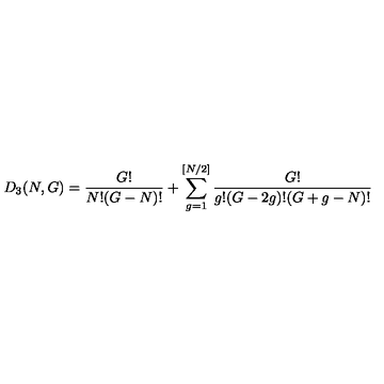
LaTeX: D _ { 3 } ( N , G ) = \frac { G ! } { N ! ( G - N ) ! } + \sum _ { g = 1 } ^ { [ N / 2 ] } \frac { G ! } { g ! ( G - 2 g ) ! ( G + g - N ) ! }